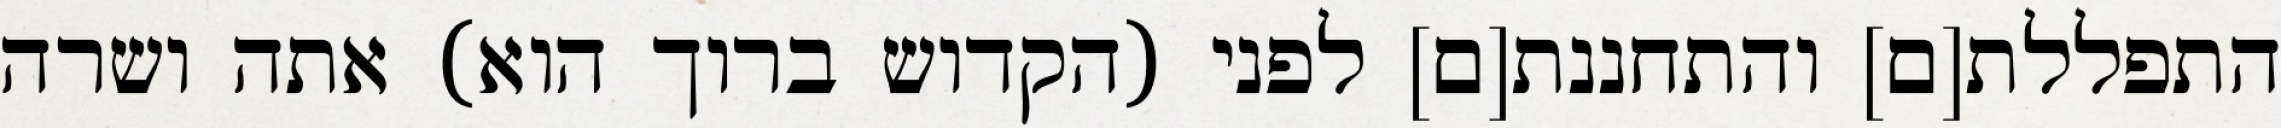
התפללת[ם] והתחננת[ם] לפני (הקדוש ברוך הוא) אתה ושרה